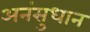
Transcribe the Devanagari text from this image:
अनंसुधान